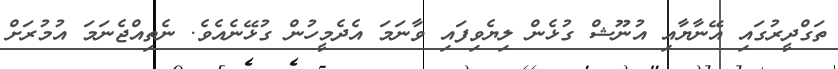
ތަގްދީރުގައި އޭނާޔާއި އުނޫޝް ގުޅެން ލިޔެވިފައި ވާނަމަ އެދެމީހުން ގުޅޭނެއެވެ. ނެތިއްޖެނަމަ އުމުރަށް